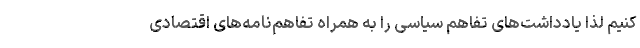
کنیم لذا یادداشت‌های تفاهم سیاسی را به همراه تفاهم‌نامه‌های اقتصادی